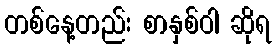
တစ်နေ့တည်း စာနှစ်ဝါ ဆိုရ